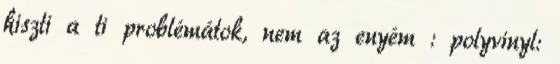
hiszti a ti problémátok, nem az enyém : polyvinyl: